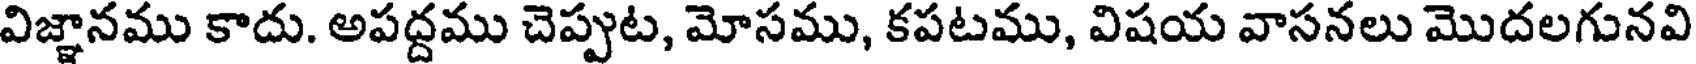
విజ్ఞానము కాదు. అపద్దము చెప్పుట, మోసము, కపటము, విషయ వాసనలు మొదలగునవి